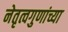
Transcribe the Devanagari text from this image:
नेतृत्वगुणांच्या